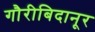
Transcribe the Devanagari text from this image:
गौरीबिदानूर